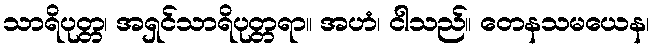
သာရိပုတ္တ၊ အရှင်သာရိပုတ္တရာ။ အဟံ၊ ငါသည်။ တေနသမယေန၊